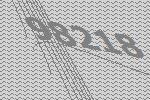
98218